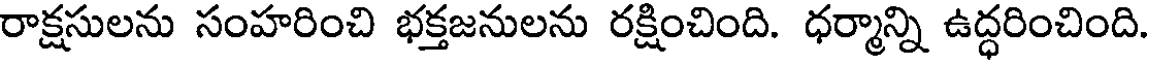
రాక్షసులను సంహరించి భక్తజనులను రక్షించింది. ధర్మాన్ని ఉద్ధరించింది